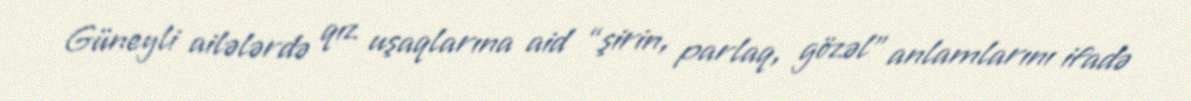
Güneyli ailələrdə qız uşaqlarına aid “şirin, parlaq, gözəl” anlamlarını ifadə